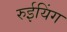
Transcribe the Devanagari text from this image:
रुईयिंग